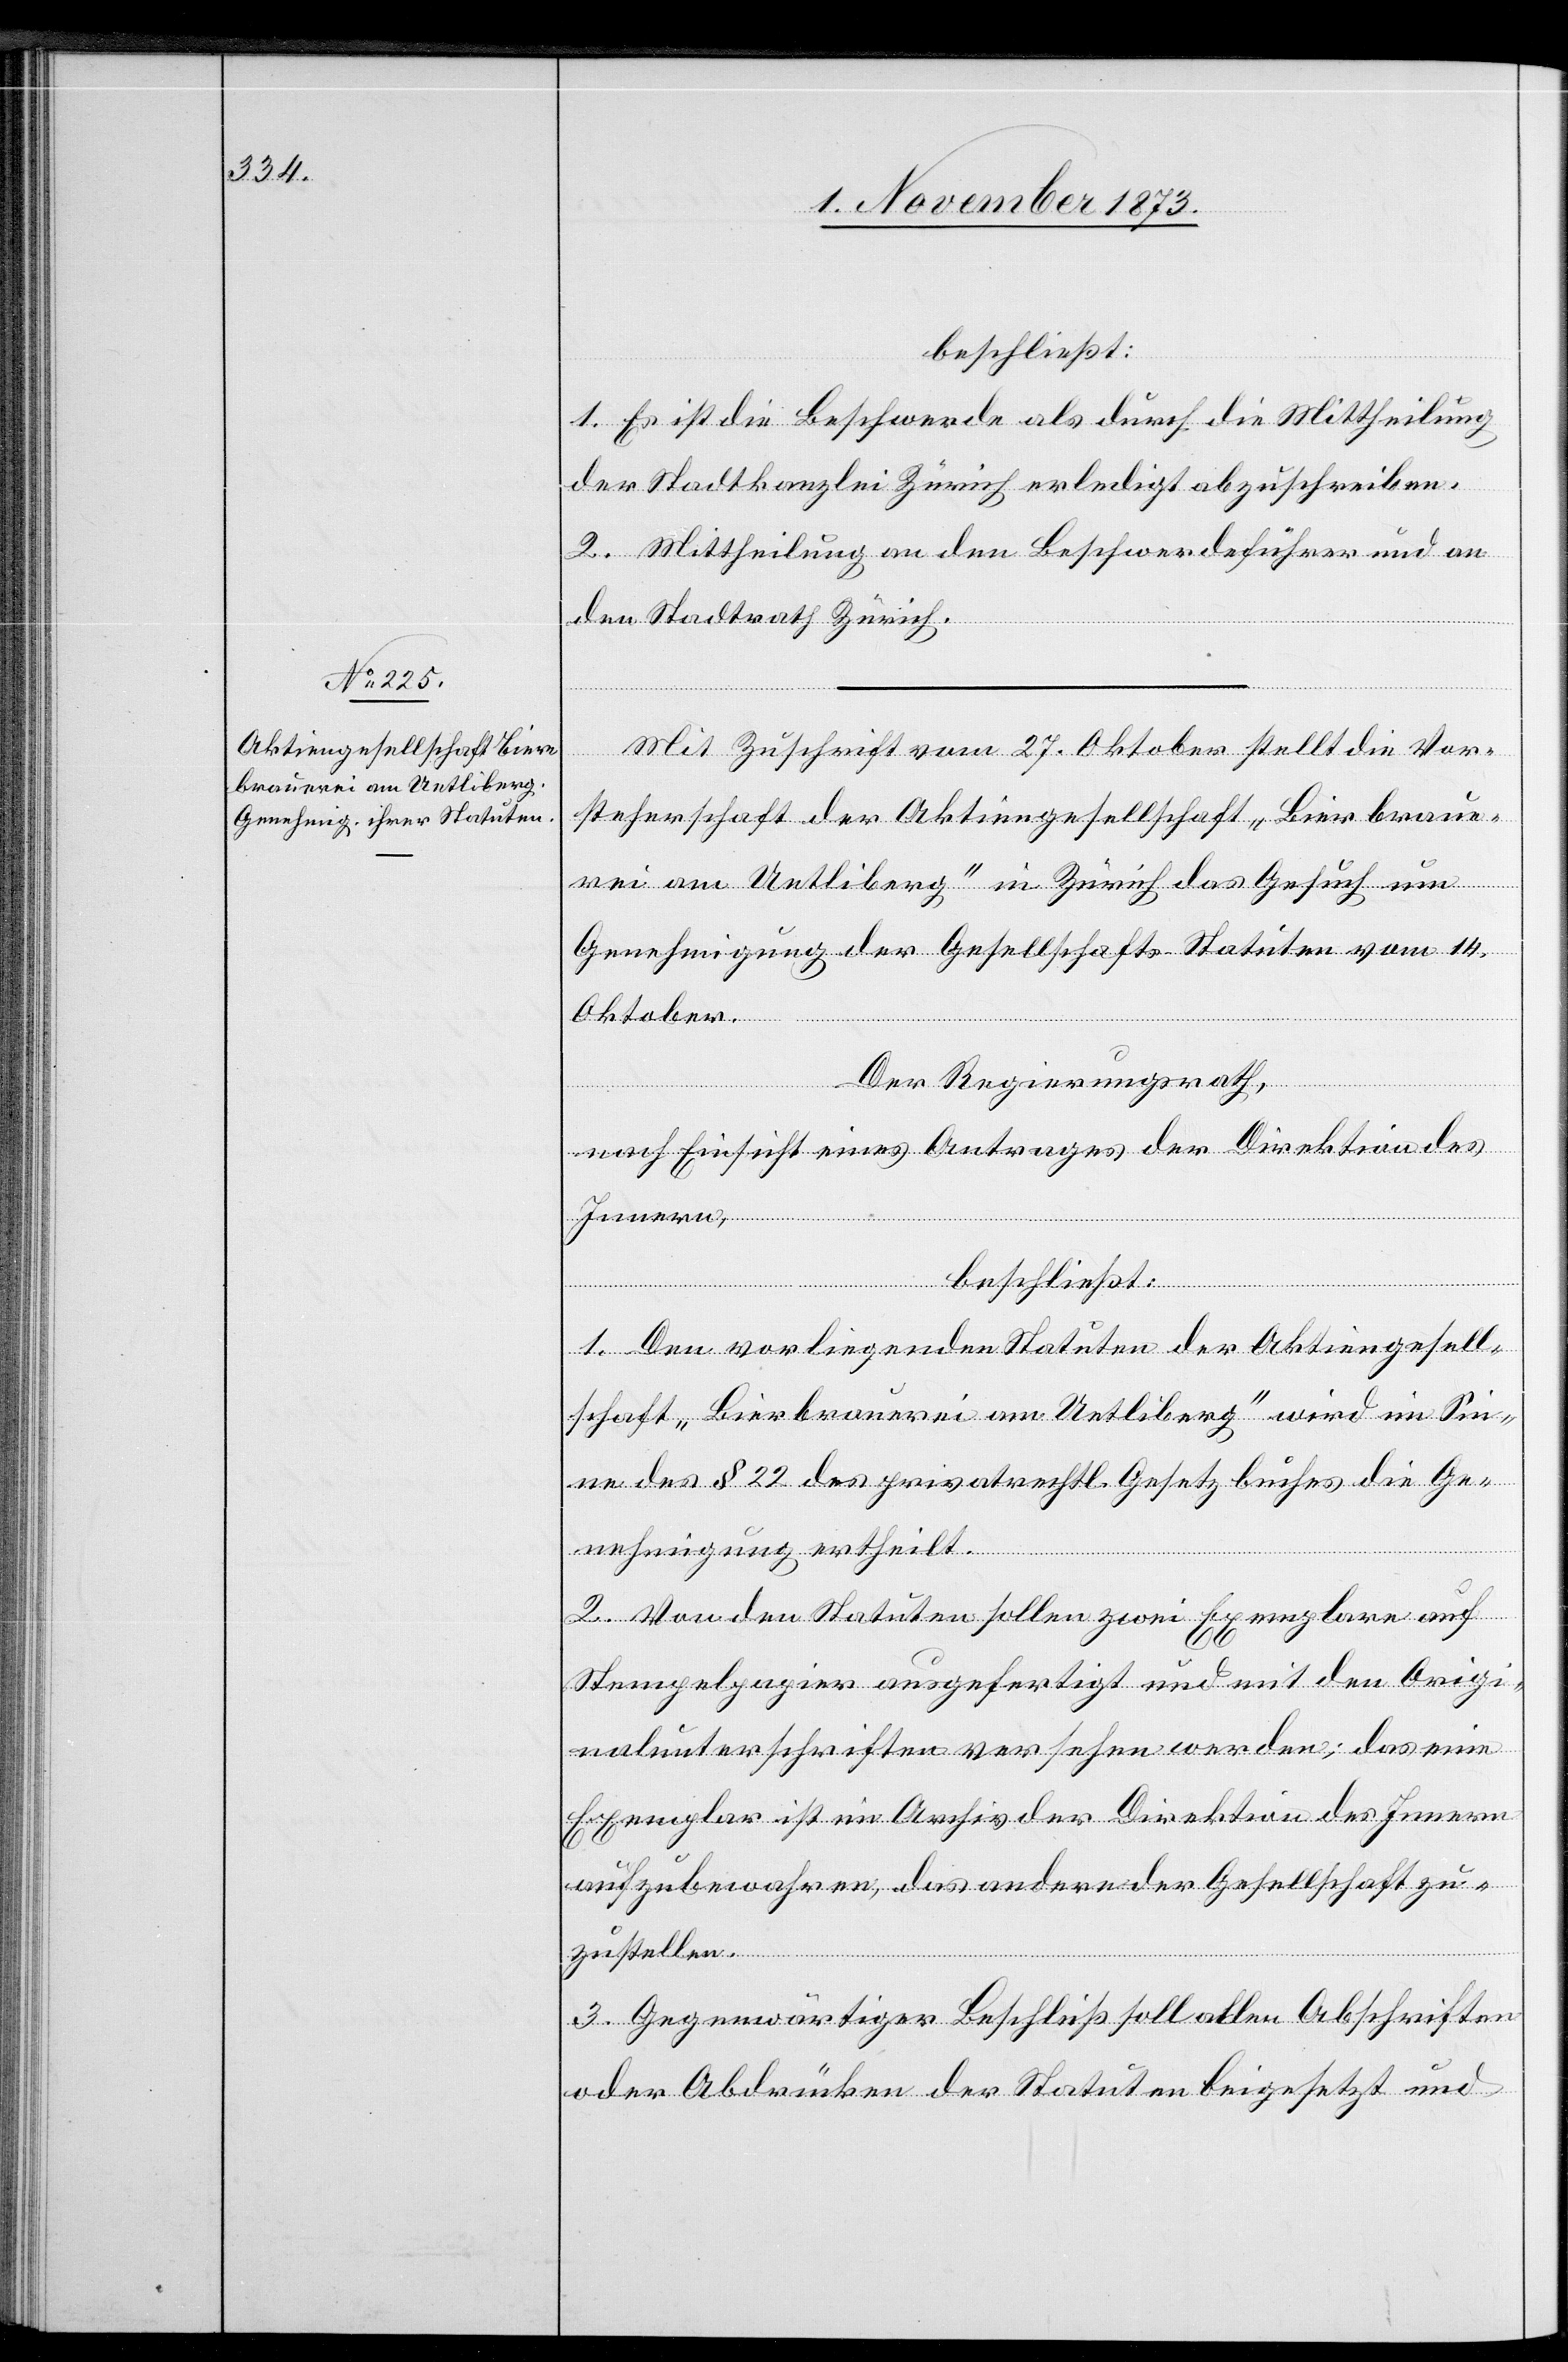
beschließt:
1. Es ist die Beschwerde als durch die Mittheilung
der Stadtkanzlei Zürich erledigt abzuschreiben.
2. Mittheilung an den Beschwerdeführer und an
den Stadtrath Zürich.
Mit Zuschrift vom 27. Oktober stellt die Vor¬
steherschaft der Aktiengesellschaft „Bierbraue¬
rei am Uetliberg“ in Zürich das Gesuch um
Genehmigung der Gesellschafts-Statuten vom 14.
Oktober.
Der Regierungsrath,
nach Einsicht eines Antrages der Direktion des
Innern,
beschließt:
1. Den vorliegenden Statuten der Aktiengesell¬
schaft „Bierbrauerei am Uetliberg“ wird im Sin¬
ne des § 22 des privatrechtl. Gesetzbuches die Ge¬
nehmigung ertheilt.
2. Von den Statuten sollen zwei Exemplare auf
Stempelpapier ausgefertigt und mit den Origi¬
nalunterschriften versehen werden; das eine
Exemplar ist im Archiv der Direktion des Innern
aufzubewahren, das andere der Gesellschaft zu¬
zustellen.
3. Gegenwärtiger Beschluß soll allen Abschriften
oder Abdrücken der Statuten beigesetzt und